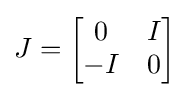
J={\begin{bmatrix}0&I\\-I&0\end{bmatrix}}